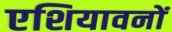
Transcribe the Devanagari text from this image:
एशियावनों